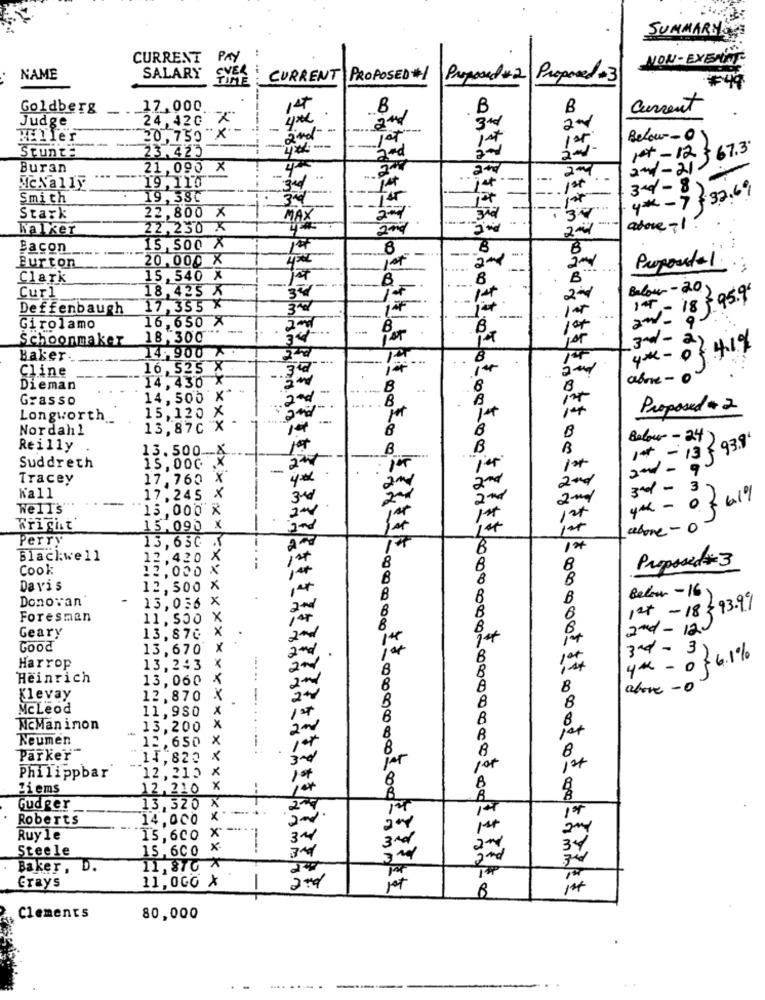
SUMMARY
CURRENT PAY
NON-EXEMINT
NAME
SALARY
EVER
TIME
CURRENT PROPOSED #1
Proposed #2 Proposed - 3
Goldberg
17,000
14
.B
. B
Current
Judge
24,420 x
3+d
HEller
20,750
ind
1st
Below-0
Stunt=
23.425
1et-12 $ 67.3.
and
Buran
21,095 X
2nd - 21
McNally
19,110
1st
3-d- 8)
Smith
19, 38℃
3rd
-14
4 *- 7 : 37.69
22,800 X
Stark
MAX
-34
Walker
22,230 X
above-1
Bacon
15,500 X
8
B
8
20,000 X
Burton
Proposta 1.
Clark
15,540 X
B
18.425 X
Below-202
Curl
3
Deffenbaugh
17,355 X
145 - 18 5 95.9'
16,650 X
and
Girolamo
Schoonmaker
18,300
Bor
14.900 7
4* - 0} 419
3-d- 22
Baker
Cline
16 , 525 X
14.430 X
alne - 0
Dieman
B
8
Grasso
14. 500 X
B
B
Proposed + 2
Longworth
15, 120 X
14
Nordahl
13,87c X
B
B
Reilly
B
B
Below - 24)
1st - 13 - 93.9'
13.500-4
27
Suddreth
15,000
-
1
2nd - 9.
Tracey
17,760 X
4€
2nd
Wall
3rd - 3.
~
17,245 X
Well's
15,000 X
1
memo
Wright
15.090 X
xxxxxxx
abone - 0
Perry
13,63C &
TH
Blackwell
12.420
ist
Cook
12,000
8
Proposed# 3
B
Davis
12,500 X
Donovan'
13,056 X
B
Below -16)
1st -18393.99
Foresman
11. 500 X
Geary
13,87G X
2nd - 12
Good
13,670
x
3-4-3)
0 4.1%
Harrop
13,243
×
Heinrich
13. 060 X
B
above - 0
Klevay
12,870 X
McLeod
11,980 X
8
McManinon
13,200 X
Neumen
12,650 X
B
8
Parker
14,820 X
3rd
12,215 X
1st
Philippbar
1*
Ziems
12,210 X
Gudger
13,320 X
200
14
Roberts
14.000
x
Ruyle
15.600 X
34
3rd
Steele
15,600
x
34
341
Baker, D.
11,87G X
11,000 X
Erays
2nd
ist
$4 1000000,0000000000 -....
Clements
80,000